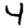
Digit: 4